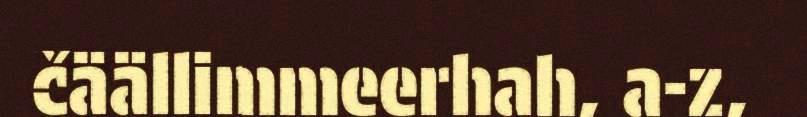
čäällimmeerhah, a-z,